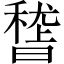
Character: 𥡳